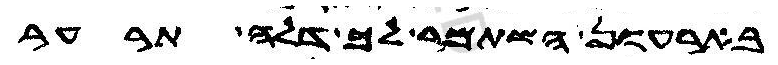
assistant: בארעון השתמר לך דלה תרער